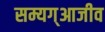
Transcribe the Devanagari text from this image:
सम्यग्आजीव